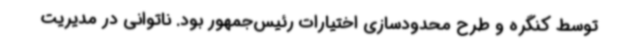
توسط کنگره و طرح محدودسازی اختیارات رئیس‌جمهور بود. ناتوانی در مدیریت